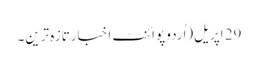
29 اپریل(اُردو پوائنٹ اخبارتازہ ترین۔